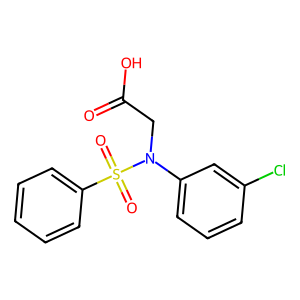
SMILES: O=C(O)CN(c1cccc(Cl)c1)S(=O)(=O)c1ccccc1
Inhibits HIV replication: No